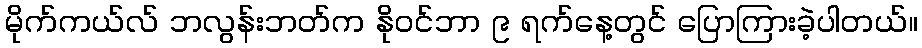
မိုက်ကယ်လ် ဘလွန်းဘတ်က နိုဝင်ဘာ ၉ ရက်နေ့တွင် ပြောကြားခဲ့ပါတယ်။